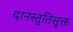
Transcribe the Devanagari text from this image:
दानस्तुतिसूक्त